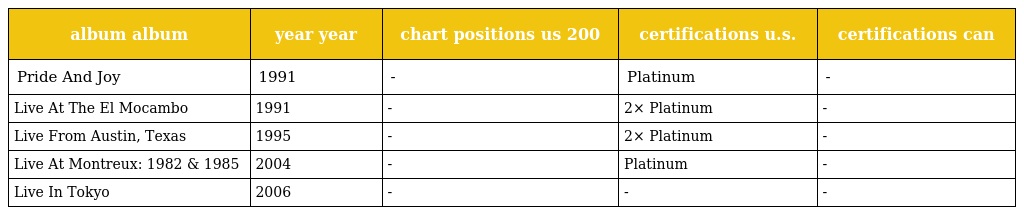
| album album | year year | chart positions us 200 | certifications u.s. | certifications can |
 | --- | --- | --- | --- | --- |
 | Pride And Joy | 1991 | - | Platinum | - |
 | Live At The El Mocambo | 1991 | - | 2× Platinum | - |
 | Live From Austin, Texas | 1995 | - | 2× Platinum | - |
 | Live At Montreux: 1982 & 1985 | 2004 | - | Platinum | - |
 | Live In Tokyo | 2006 | - | - | - |